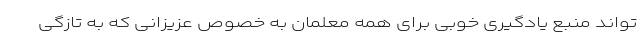
تواند منبع یادگیری خوبی برای همه معلمان به خصوص عزیزانی که به تازگی